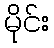
မိုင်း